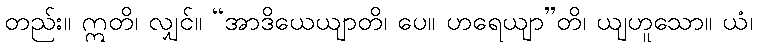
တည်း။ ဣတိ၊ လျှင်။ “အာဒိယေယျာတိ၊ ပေ။ ဟရေယျာ”တိ၊ ယျဟူသော။ ယံ၊